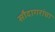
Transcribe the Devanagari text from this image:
सौदागरांचा